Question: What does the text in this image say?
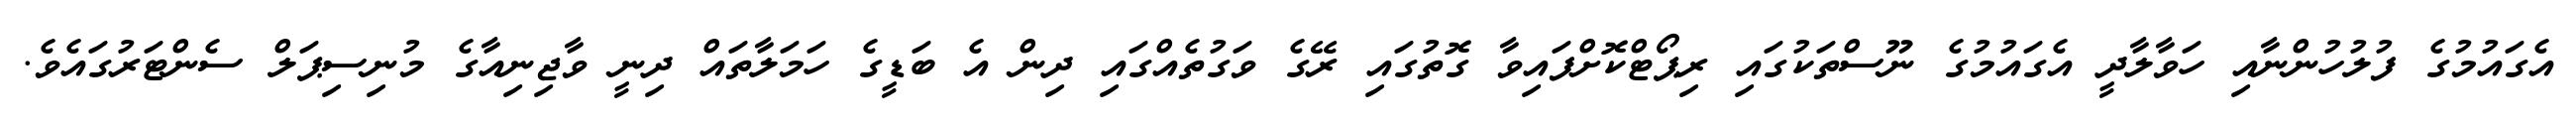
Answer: އެގައުމުގެ ފުލުހުންނާއި ހަވާލާދީ އެގައުމުގެ ނޫސްތަކުގައި ރިޕޯޓްކޮށްފައިވާ ގޮތުގައި ރޭގެ ވަގުތެއްގައި ދިން އެ ބަޑީގެ ހަމަލާތައް ދިނީ ވާޖިނިއާގެ މުނިސިޕަލް ސެންޓަރުގައެވެ.